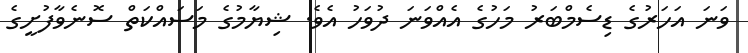
ވަނަ އަހަރުގެ ޑިސެމްބަރު މަހުގެ އެއްވަނަ ދުވަހު އެވެ. ޝިޔާމުގެ މަސައްކަތް ސޮނެވާފުށީގެ